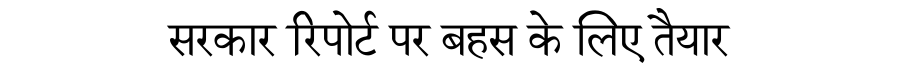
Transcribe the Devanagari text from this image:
सरकार रिपोर्ट पर बहस के लिए तैयार